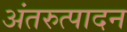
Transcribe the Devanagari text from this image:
अंतरुत्पादन